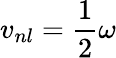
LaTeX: {v_{nl}=\frac{1}{2}\omega}